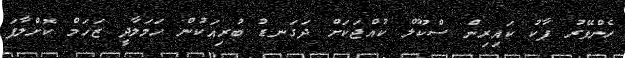
ހެންވޭރު ޕާކު ކައިރިން ސްކޫލް ކުއްޖަކަށް ދަގަނޑު ބުރިއަކުން ހަމަލާދީ ޒަހަމް ކޮށްލާފަ